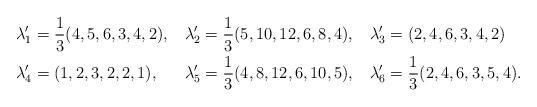
LaTeX: \begin{align*}\lambda'_1 &= \frac{1}{3}(4,5,6,3,4,2),&\lambda'_2 &= \frac{1}{3}(5,10,12,6,8,4),&\lambda'_3 &= (2,4,6,3,4,2)\\\lambda'_4 &= (1,2,3,2,2,1),&\lambda'_5 &= \frac{1}{3}(4,8,12,6,10,5),&\lambda'_6 &= \frac{1}{3}(2,4,6,3,5,4).\end{align*}